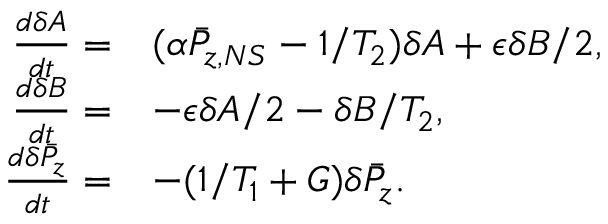
\begin{array} { r l } { \frac { d \delta A } { d t } = } & { ( \alpha \bar { P } _ { z , N S } - 1 / T _ { 2 } ) \delta A + \epsilon \delta B / 2 , } \\ { \frac { d \delta B } { d t } = } & { - \epsilon \delta A / 2 - \delta B / T _ { 2 } , } \\ { \frac { d \delta \bar { P } _ { z } } { d t } = } & { - ( 1 / T _ { 1 } + G ) \delta \bar { P } _ { z } . } \end{array}